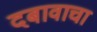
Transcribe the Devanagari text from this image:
दबावाचा